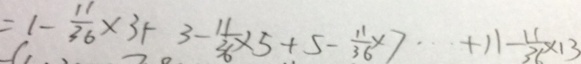
= 1 - \frac { 1 1 } { 3 6 } \times 3 + 3 - \frac { 1 1 } { 3 6 } \times 5 + 5 - \frac { 1 1 } { 3 6 } \times 7 \cdots + 1 1 - \frac { 1 1 } { 3 6 } \times 1 3